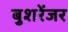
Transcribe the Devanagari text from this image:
बुशरेंजर